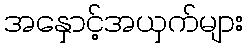
အနှောင့်အယှက်များ